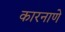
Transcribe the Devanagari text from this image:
कारनाणे